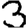
Digit: 3